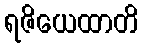
ရဇိယေထာတိ